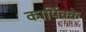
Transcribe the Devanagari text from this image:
कार्पिक्के